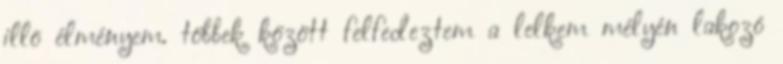
illõ élményem. többek között felfedeztem a lelkem mélyén lakozó